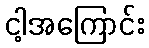
ငါ့အကြောင်း